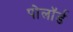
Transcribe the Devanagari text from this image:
पोलॉर्ड